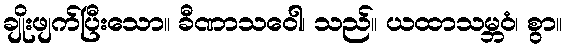
ချိုးဖျက်ပြီးသော။ ခီဏာသဝေါ၊ သည်။ ယထာသမ္ဘဝံ၊ စွာ။